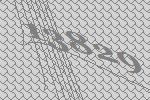
13829